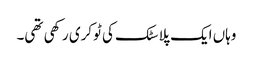
وہاں ایک پلاسٹک کی ٹوکری رکھی تھی۔